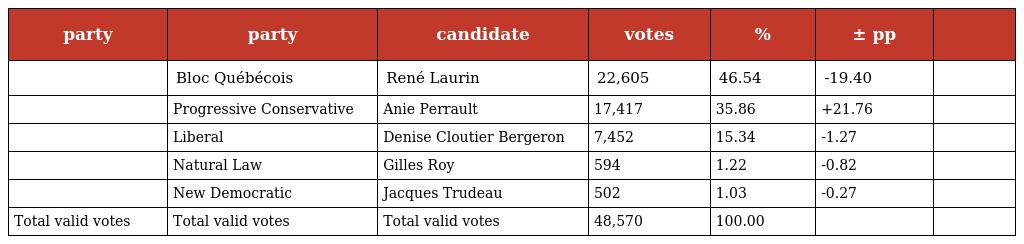
| party | party | candidate | votes | % | ± pp |  |
 | --- | --- | --- | --- | --- | --- | --- |
 |  | Bloc Québécois | René Laurin | 22,605 | 46.54 | -19.40 |  |
 |  | Progressive Conservative | Anie Perrault | 17,417 | 35.86 | +21.76 |  |
 |  | Liberal | Denise Cloutier Bergeron | 7,452 | 15.34 | -1.27 |  |
 |  | Natural Law | Gilles Roy | 594 | 1.22 | -0.82 |  |
 |  | New Democratic | Jacques Trudeau | 502 | 1.03 | -0.27 |  |
 | Total valid votes | Total valid votes | Total valid votes | 48,570 | 100.00 |  |  |